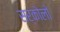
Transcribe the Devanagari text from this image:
सर्कोलो